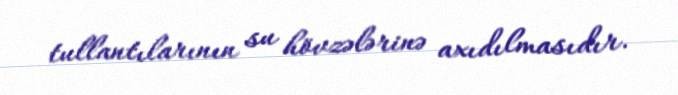
tullantılarının su hövzələrinə axıdılmasıdır.